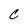
Character: C